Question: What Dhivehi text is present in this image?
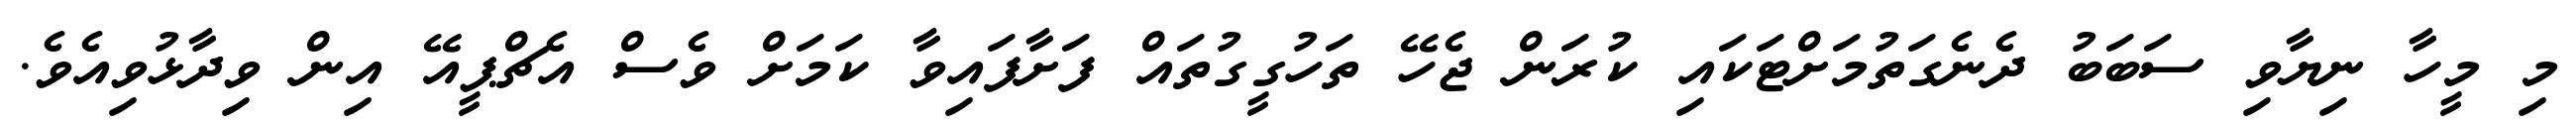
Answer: މި މީހާ ނިޔާވި ސަބަބު ދެނެގަތުމަށްޓަކައި ކުރަން ޖެހޭ ތަހުގީގުތައް ފަށާފައިވާ ކަމަށް ވެސް އެޗްޕީއޭ އިން ވިދާޅުވިއެވެ.